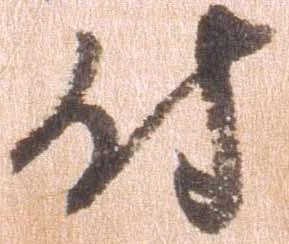
付